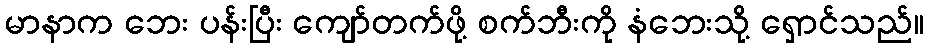
မာနာက ဘေး ပန်းပြီး ကျော်တက်ဖို့ စက်ဘီးကို နံဘေးသို့ ရှောင်သည်။